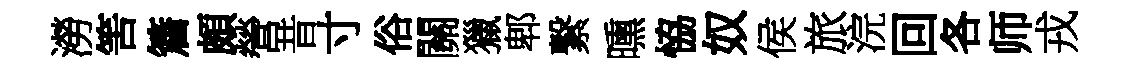
澇筈簷頗營昔寸俗關獵郫繋曛恊奴侯旅浣回各师戎